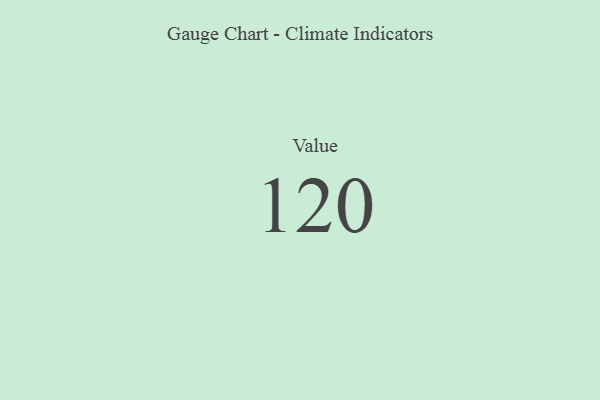
{"axis": {"x": "Metric", "y": "Value"}, "legend": [""], "data": [{"x": "Value", "y": 120, "type": ""}]}